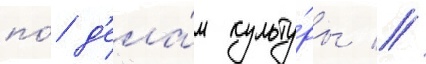
по́ д'ела́м культу́ры //